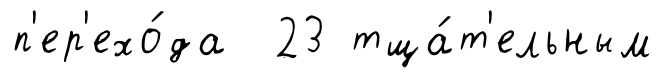
п'ер'ехо́да 23 тща́т'ельным